Medical and sanitary report of the native army of Madras for the year
Year: 1875
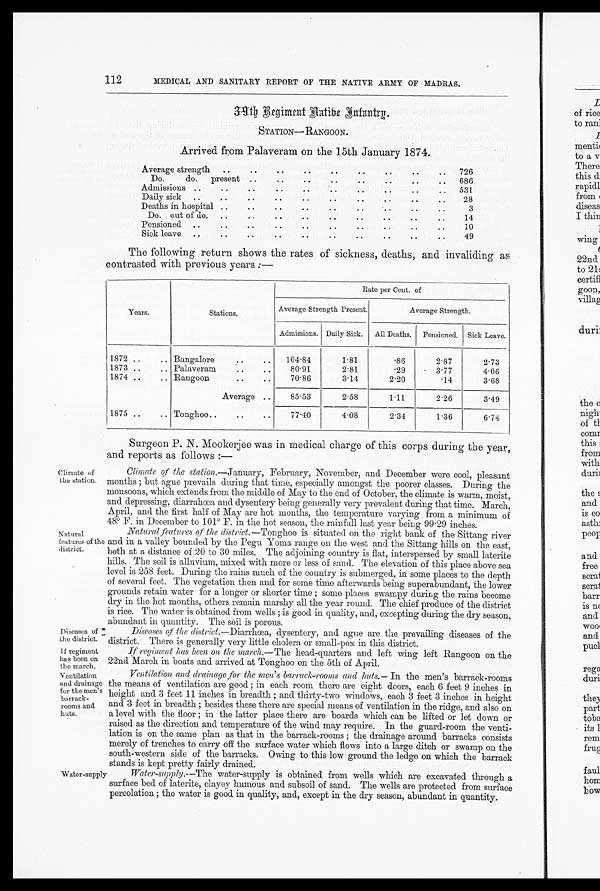
112
MEDICAL AND SANITARY REPORT OF THE NATIVE ARMY OF MADRAS.
39th Regiment Hatibe Infantry.
STATION—RANGOON.
Arrived from Palaveram on the 15th January 1874.
Average strength
.. .. .. ... ... ... . .
. .
. .
. . . .
. . . . . .
7 2 6
• •
• .
. .
• •
Do.
do.
present. .. .. .. .. .. .. .. . .
. .
. .
6 8 6
• •
..
Admissions ..
..
• •
• •
• .
..
..
..
531
• •
. •
..
..
Daily sick
..
..
..
..
..
..
28
. .
..
.
. .
Deaths in hospital ..
..
..
..
3
• .
• •
..
..
..
Do. out of do.
..
• •
..
14
• •
• •
..
..
. •
Pensioned ..
• •
..
10
• •
• •
• •
Sick leave
.
.
. . . . . . . . . .
. .
. .
4 9
• •
• •
..
..
The following return shows the rates of sickness, deaths, and invaliding as
contrasted with previous years :—
Years.
Stations.
Rate per Cent. of
Average Strength Present.
Average Strength.
Admissions. Daily Sick.
All Deaths.
Pensioned.
Sick Leave.
1872
. . . . Bangalore
.
..
104 . 84
1.81
.86
2.87
2.73
1873 ..
.. Palaveram
..
..
80.91
2.81
. 2 9
3 . 77
4.06
1874 ..
.. Rangoon
..
..
70.86
3.14
2.20
.14
3.68
Average
. .
85.53
2.58
1.11
2.26
3.49
1875 ..
.. Tonghoo.
..
..
77.40
4.08
2 . 3 4
1.36
6 . 7 4
Surgeon P. N. Mookerjee was in medical charge of this corps during the year,
and reports as follows :—
Climate of
the station.
Natural
features of the
district.
Climate of the station.—January, February, November, and December were cool, pleasant
months ; but Hague prevails during that time, especially amongst the poorer classes. During the
monsoons, which extends from the middle of May to the end of October, the climate is warm, moist,
and depressing, diarrahœa and dysentery being generally very prevalent curing that time. March,
April, and the first half of May are hot months, the temperature varying from a minimum of
480 F. in December to 101° F. in the hot season, the rainfall last year being 99 . 29 inches.
Natural features of the district.—Tonghoo is situated on the right bank of the Sittang river
and in a valley bounded by the Pegu yoma range on the west and the Sittang hills on the east,
both at a distance of 20 to 30 miles. The adjoining country is flat, interspersed by small laterite
hills. The soil is alluvium, mixed with more or less of sand. The elevation of this place above sea
level is 258 feet. During the rains much of the country is submerged, in some places to the depth
of several feet. The vegetation then and for some time afterwards being superabundant, the lower
grounds retain water for a longer or shorter time ; some places swampy during the rains become
dry in the hot months; others remain marshy all the year round. The chief produce of the district
is rice. The water is obtained from wells ; is good in quality, and, excepting during the dry season,
abundant in quantity. The soil is porous.
Diseases of
the district.
I f regiment
has been on
the march.
Ventilation
and drainage
for the men's
barrack-
rooms and
huts.
Water-supply
Diseases of the district.—Diarrhœa, dysentery, and Hague are the prevailing diseases of the
district. There is generally very little cholera or small-pox in this district.
If regiment has been on the march.—The head-quarters and left wing left Rangoon on the
22nd March in boats and arrived at Tonghoo on the 5th of April.
Ventilation and drainage for the men's barrack-rooms and buts.— In the men's barrack-rooms
the means of ventilation are good ; in each room there are eight doors, each 6 feet 9 inches in
height and 3 feet 11 inches in breadth ; and thirty-two windows, each 3 feet 3 inches in height
and 3 feet in breadth ; besides these there are special means of ventilation in the ridge, and also on
a level with the floor ; in the latter place there are boards which can be lifted or let down or
raised as the direction and temperature of the wind may require. In the guard-room the venti-
lation is on the same plan as that in the barrack-rooms ; the drainage around barracks consists
merely of trenches to carry off the surface water which flows into a large ditch or swamp on the
south-western side of the barracks. Owing to this low ground the ledge on which the barrack
stands is kept pretty fairly drained.
Water-supply.—The water-supply is obtained from wells which are excavated through a
surface bed of laterite, clayey humous and subsoil of sand. The wells are protected from surface
percolation ; the water is good in quality, and, except in the dry season, abundant in quantity.